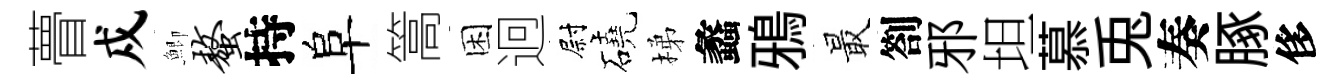
瞢戍鯽螯持阜篙困迥尉磽梯蠡鴉最劄邪坦慕兎奏䐁侈